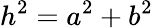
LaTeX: h^{2}=a^{2}+b^{2}